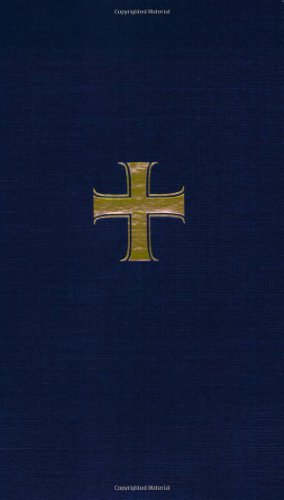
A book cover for A Guide to Prayer for Ministers and Other Servants; Rueben P. Job; Christian Books & Bibles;